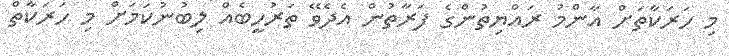
މި ހަރަކާތަށް އާންމު ރައްޔިތުންގެ ފަރާތުން އެދެވޭ ތަރުހީބެއް ލިބުނުކަމަށް މި ހަރަކާތް